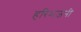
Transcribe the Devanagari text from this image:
हरिभजनी